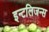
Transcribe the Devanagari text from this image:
इन्टलिजन्स